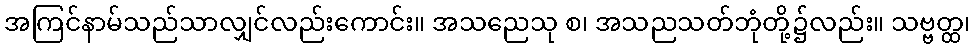
အကြင်နာမ်သည်သာလျှင်လည်းကောင်း။ အသညေသု စ၊ အသညသတ်ဘုံတို့၌လည်း။ သဗ္ဗတ္ထ၊